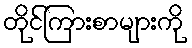
တိုင်ကြားစာများကို